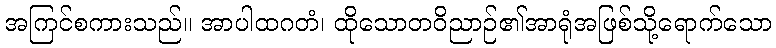
အကြင်စကားသည်။ အာပါထဂတံ၊ ထိုသောတဝိညာဉ်၏အာရုံအဖြစ်သို့ရောက်သော